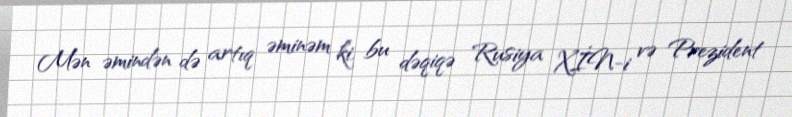
Mən əmindən də artıq əminəm ki, bu dəqiqə Rusiya XİN-i və Prezident